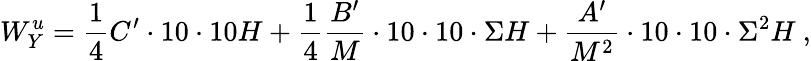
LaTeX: W_{Y}^{u}=\frac{1}{4}C^{\prime}\cdot 10\cdot 10H+\frac{1}{4}\frac{B^{\prime}}{M}\cdot 10\cdot 10\cdot\Sigma H+\frac{A^{\prime}}{M^{2}}\cdot 10\cdot 10\cdot\Sigma^{2}H~,